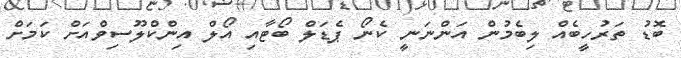
ބޮޑު ތަރުހީބެއް ލިބެމުން އަންނަނީ ކެނޯ ޕެޑަލް ބޯޓާއި އޯލް އިންކްލޫސިވްއަށް ކަމަށް